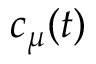
c _ { \mu } ( t )